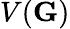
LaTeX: V(\mathbf G)